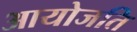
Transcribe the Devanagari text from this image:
आयोजति